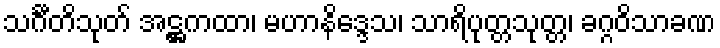
သင်္ဂီတိသုတ် အဋ္ဌကထာ၊ မဟာနိဒ္ဒေသ၊ သာရိပုတ္တသုတ္တ၊ ခဂ္ဂဝိသာခဏ